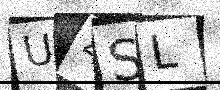
Text: U4SL